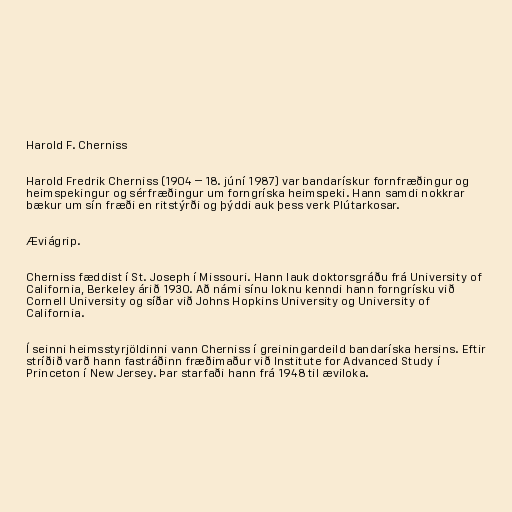
Harold F. Cherniss

Harold Fredrik Cherniss (1904 – 18. júní 1987) var bandarískur fornfræðingur og
heimspekingur og sérfræðingur um forngríska heimspeki. Hann samdi nokkrar
bækur um sín fræði en ritstýrði og þýddi auk þess verk Plútarkosar.

Æviágrip.

Cherniss fæddist í St. Joseph í Missouri. Hann lauk doktorsgráðu frá University of
California, Berkeley árið 1930. Að námi sínu loknu kenndi hann forngrísku við
Cornell University og síðar við Johns Hopkins University og University of
California.

Í seinni heimsstyrjöldinni vann Cherniss í greiningardeild bandaríska hersins. Eftir
stríðið varð hann fastráðinn fræðimaður við Institute for Advanced Study í
Princeton í New Jersey. Þar starfaði hann frá 1948 til æviloka.